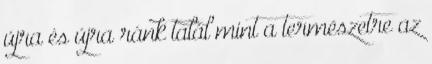
újra és újra ránk talál mint a természetre az